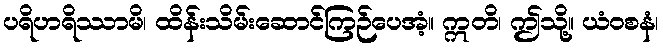
ပရိဟရိဿာမိ၊ ထိန်းသိမ်းဆောင်ကြဉ်ပေအံ့။ ဣတိ၊ ဤသို့။ ယံဝစနံ၊